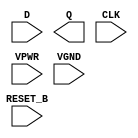
module sky130_fd_sc_hs__dfrtp (
    //# {{data|Data Signals}}
    input  D      ,
    output Q      ,

    //# {{control|Control Signals}}
    input  RESET_B,

    //# {{clocks|Clocking}}
    input  CLK    ,

    //# {{power|Power}}
    input  VPWR   ,
    input  VGND
);
endmodule